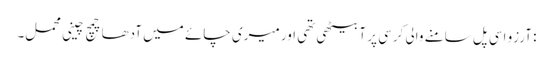
: آرزو اسی پل سامنے والی کرسی پر آ بیٹھی تھی اور میری چائے میں آدھا چمچ چینی محمل۔